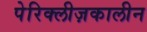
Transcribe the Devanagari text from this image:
पेरिक्लीज़कालीन